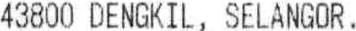
43800 DENGKIL, SELANGOR.